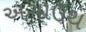
અગાઉથ